Indian journal of veterinary science and animal husbandry - Volumes 22-23, 1952-1953
Year: 1952
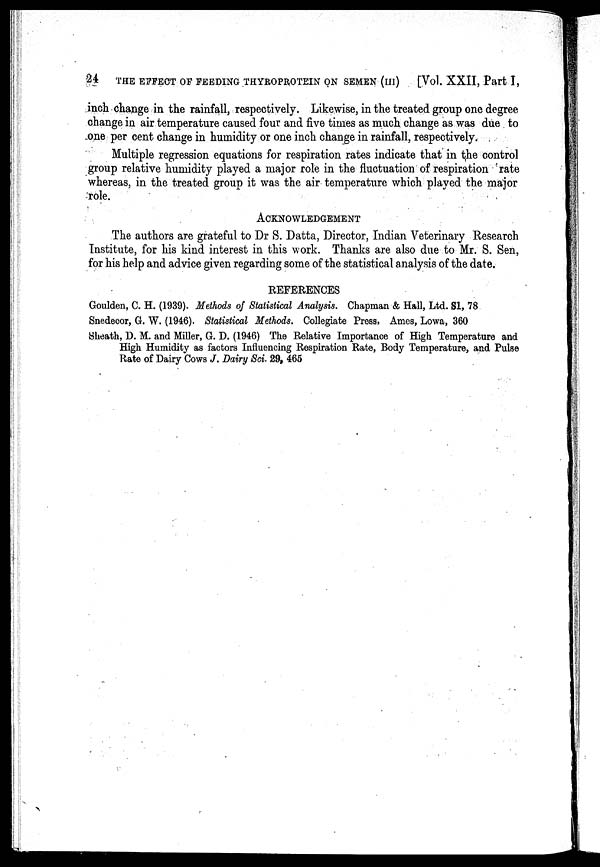
24
THE EFFECT OF FEEDING THYROPROTEIN ON SEMEN (III)
[Vol. XXII, Part I,
inch change in the rainfall, respectively. Likewise, in the treated group one degree
change in air temperature caused four and five times as much change as was due to
one per cent change in humidity or one inch change in rainfall, respectively.
Multiple regression equations for respiration rates indicate that in the control
group relative humidity played a major role in the fluctuation of respiration rate
whereas, in the treated group it was the air temperature which played the major
role.
ACKNOWLEDGEMENT
The authors are grateful to Dr S. Datta, Director, Indian Veterinary Research
Institute, for his kind interest in this work. Thanks are also due to Mr. S. Sen,
for his help and advice given regarding some of the statistical analysis of the date.
REFERENCES
Goulden, C. H. (1939). Methods of Statistical Analysis. Chapman & Hall, Ltd. S1, 78
Snedecor, G. W. (1946). Statistical Methods. Collegiate Press, Ames, Lowa, 360
Sheath, D. M. and Miller, G. D. (1946) The Relative Importance of High Temperature and
High Humidity as factors Influencing Respiration Rate, Body Temperature, and Pulse
Rate of Dairy Cows J. Dairy Sci. 29, 465